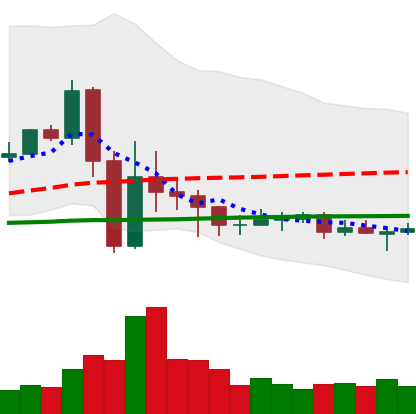
Ticker: EOS-USD
Chart end date: 2020-09-17
Forward return: -5.811%
Label: down_5_7